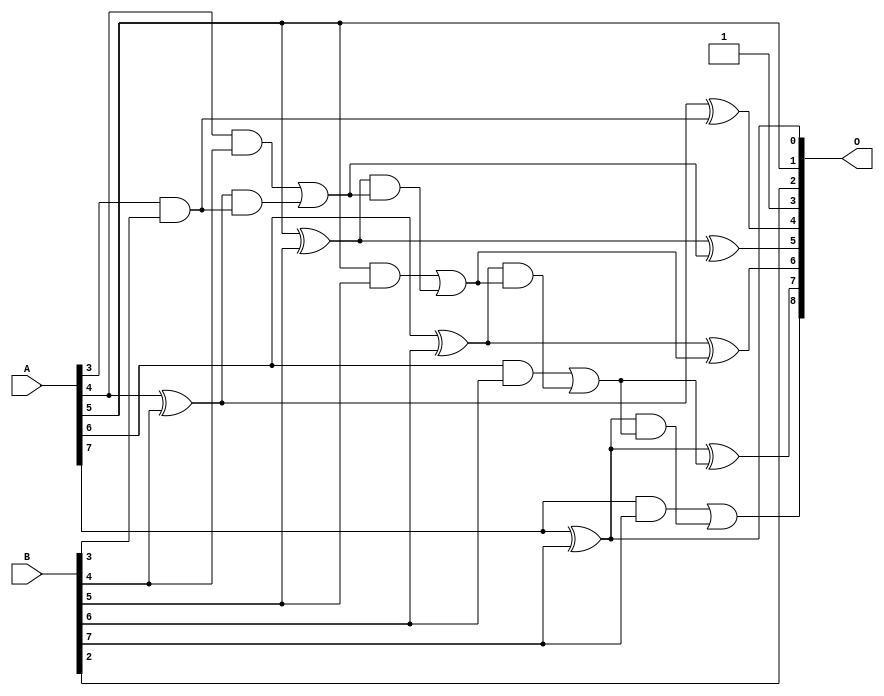
/***
* This code is a part of EvoApproxLib library (ehw.fit.vutbr.cz/approxlib) distributed under The MIT License.
* When used, please cite the following article(s): PRABAKARAN B. S., MRAZEK V., VASICEK Z., SEKANINA L., SHAFIQUE M. ApproxFPGAs: Embracing ASIC-based Approximate Arithmetic Components for FPGA-Based Systems. DAC 2020. 
***/
// MAE% = 0.82 %
// MAE = 4.2 
// WCE% = 2.15 %
// WCE = 11 
// WCRE% = 700.00 %
// EP% = 93.75 %
// MRE% = 2.28 %
// MSE = 24 
// FPGA_POWER = 0.31
// FPGA_DELAY = 6.6
// FPGA_LUT = 6.0


module add8u_01E(A, B, O);
  input [7:0] A, B;
  output [8:0] O;
  wire sig_29, sig_32, sig_33, sig_34, sig_35, sig_37;
  wire sig_38, sig_39, sig_40, sig_42, sig_43, sig_44;
  wire sig_45, sig_47, sig_49, sig_50;
  assign O[3] = 1'b1;
  assign sig_29 = A[3] & B[3];
  assign sig_32 = sig_29;
  assign sig_33 = A[4] ^ B[4];
  assign sig_34 = A[4] & B[4];
  assign sig_35 = sig_33 & sig_32;
  assign O[4] = sig_33 ^ sig_32;
  assign sig_37 = sig_34 | sig_35;
  assign sig_38 = A[5] ^ B[5];
  assign sig_39 = A[5] & B[5];
  assign sig_40 = sig_38 & sig_37;
  assign O[5] = sig_38 ^ sig_37;
  assign sig_42 = sig_39 | sig_40;
  assign sig_43 = A[6] ^ B[6];
  assign sig_44 = A[6] & B[6];
  assign sig_45 = sig_43 & sig_42;
  assign O[6] = sig_43 ^ sig_42;
  assign sig_47 = sig_44 | sig_45;
  assign O[0] = A[7] ^ B[7];
  assign sig_49 = A[7] & B[7];
  assign sig_50 = O[0] & sig_47;
  assign O[7] = O[0] ^ sig_47;
  assign O[8] = sig_49 | sig_50;
  assign O[1] = A[5];
  assign O[2] = B[2];
endmodule